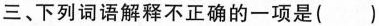
三、下列词语解释不正确的一项是()